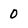
Character: 0